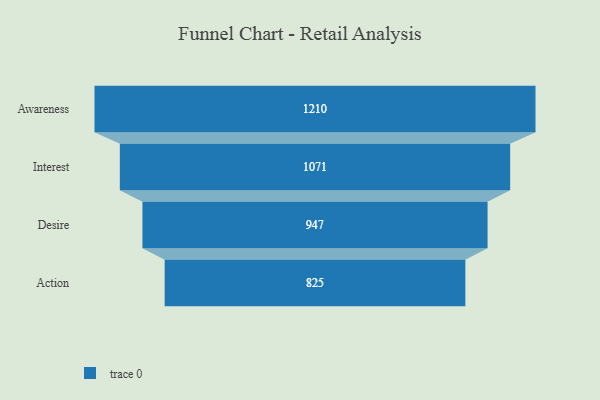
{"axis": {"x": "Stage", "y": "Value"}, "legend": [""], "data": [{"x": "Awareness", "y": 1210.0, "type": ""}, {"x": "Interest", "y": 1071.0, "type": ""}, {"x": "Desire", "y": 947.0, "type": ""}, {"x": "Action", "y": 825.0, "type": ""}]}